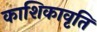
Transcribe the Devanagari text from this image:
काशिकावृति